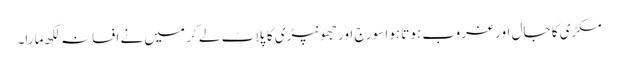
مکڑی کا جال اور غروب ہوتا ہوا سورج اور جھونپڑی کا پلاٹ لے کر میں نے افسانہ لکھ مارا۔